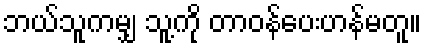
ဘယ်သူကမျှ သူ့ကို တာဝန်ပေးဟန်မတူ။